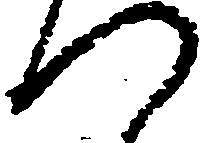
つ